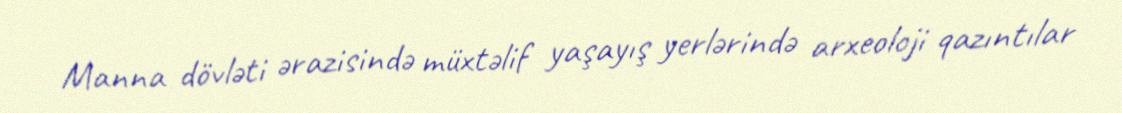
Manna dövləti ərazisində müxtəlif yaşayış yerlərində arxeoloji qazıntılar